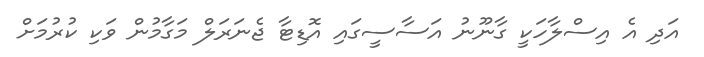
އަދި އެ އިސްލާހަކީ ގާނޫނު އަސާސީގައި އޮޑިޓާ ޖެނަރަލް މަގާމުން ވަކި ކުރުމަށް